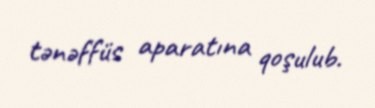
tənəffüs aparatına qoşulub.